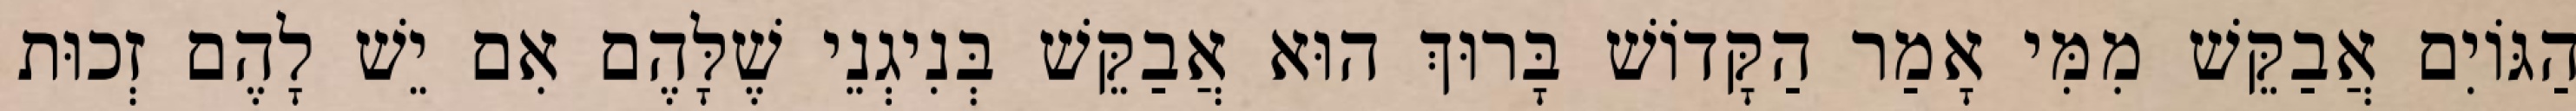
הַגּוֹיִם אֲבַקֵּשׁ מִמִּי אָמַר הַקָּדוֹשׁ בָּרוּךְ הוּא אֲבַקֵּשׁ בְּנִיגְנֵי שֶׁלָּהֶם אִם יֵשׁ לָהֶם זְכוּת